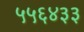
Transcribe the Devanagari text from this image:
५५६४३३